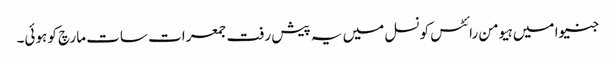
جنیوا میں ہیومن رائٹس کونسل میں یہ پیش رفت جمعرات سات مارچ کو ہوئی۔